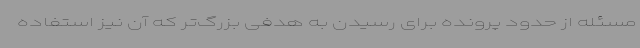
مسئله از حدود پرونده برای رسیدن به هدفی بزرگ‌تر که آن نیز استفاده